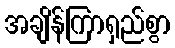
အချိန်ကြာရှည်စွာ